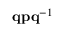
\mathbf { q } \mathbf { p } \mathbf { q } ^ { - 1 }